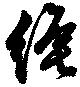
縄